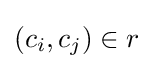
(c_{i},c_{j})\in r